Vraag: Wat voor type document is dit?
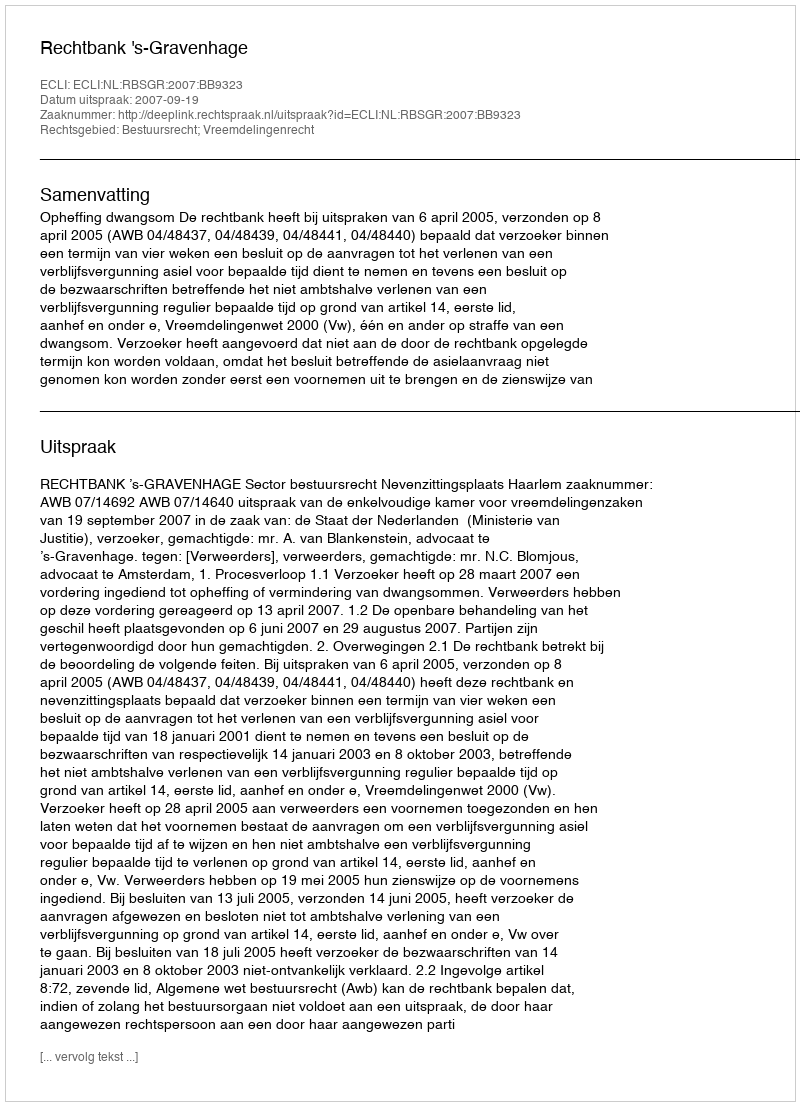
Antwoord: Uitspraak